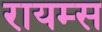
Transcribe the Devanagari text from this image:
रायम्स